Indian journal of veterinary science and animal husbandry - Volume 7,
Year: 1937
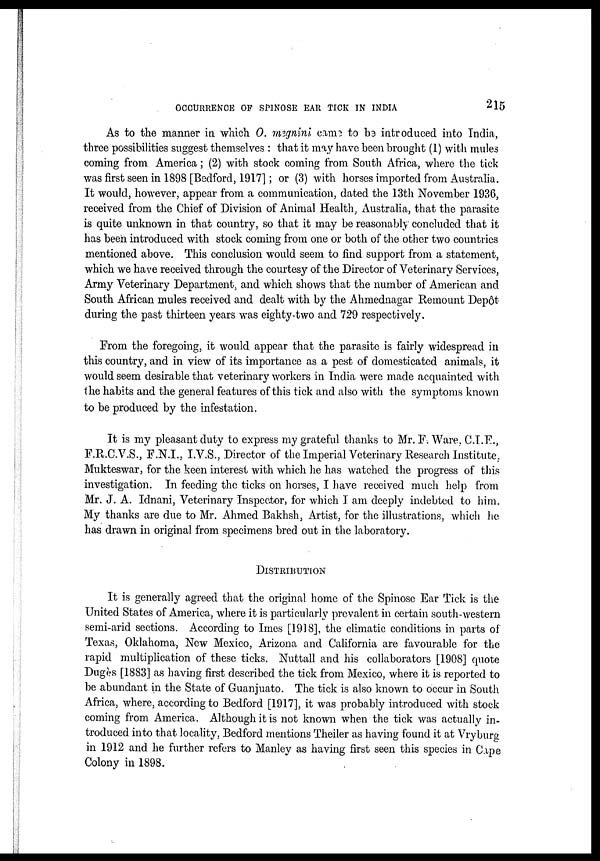
OCCURRENCE OF SPINOSE EAR TICK IN INDIA
215
As to the manner in which O. megnini came to be introduced into India,
three possibilities suggest themselves : that it may have been brought (1) with mules
coming from America; (2) with stock coming from South Africa, where the tick
was first seen in 1898 [Bedford, 1917] ; or (3) with horses imported from Australia.
It would, however, appear from a communication, dated the 13th November 1936,
received from the Chief of Division of Animal Health, Australia, that the parasite
is quite unknown in that country, so that it may be reasonably concluded that it
has been introduced with stock coming from one or both of the other two countries
mentioned above. This conclusion would seem to find support from a statement,
which we have received through the courtesy of the Director of Veterinary Services,
Army Veterinary Department, and which shows that the number of American and
South African mules received and dealt with by the Ahmednagar Remount Depôt
during the past thirteen years was eighty-two and 729 respectively.
From the foregoing, it would appear that the parasite is fairly widespread in
this country, and in view of its importance as a pest of domesticated animals, it
would seem desirable that veterinary workers in India were made acquainted with
the habits and the general features of this tick and also with the symptoms known
to be produced by the infestation.
It is my pleasant duty to express my grateful thanks to Mr. F. Ware, C.I.F.,
F.R.C.V.S., F.N.I., I.V.S., Director of the Imperial Veterinary Research Institute.
Mukteswar, for the keen interest with which he has watched the progress of this
investigation. In feeding the ticks on horses, I have received much help from
Mr. J. A. Idnani, Veterinary Inspector, for which I am deeply indebted to him.
My thanks are due to Mr. Ahmed Bakhsh, Artist, for the illustrations, which he
has drawn in original from specimens bred out in the laboratory.
DISTRIBUTION
It is generally agreed that the original home of the Spinose Ear Tick is the
United States of America, where it is particularly prevalent in certain south-western
semi-arid sections. According to Imes [1918], the climatic conditions in parts of
Texas, Oklahoma, New Mexico, Arizona and California are favourable for the
rapid multiplication of these ticks. Nuttall and his collaborators [1908] quote
Dugès [1883] as having first described the tick from Mexico, where it is reported to
be abundant in the State of Guanjuato. The tick is also known to occur in South
Africa, where, according to Bedford [1917], it was probably introduced with stock
coming from America. Although it is not known when the tick was actually in-
troduced into that locality, Bedford mentions Theiler as having found it at Vryburg
in 1912 and he further refers to Manley as having first seen this species in Cape
Colony in 1898.